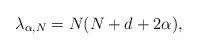
LaTeX: \begin{align*}\lambda_{\alpha,N} = N(N+d+2\alpha),\end{align*}